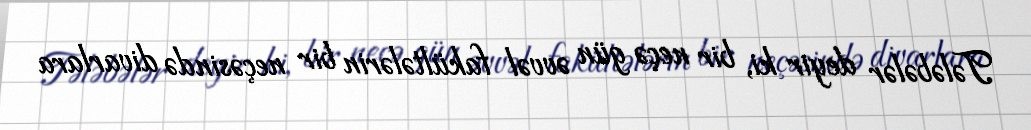
Tələbələr deyir ki, bir neçə gün əvvəl fakültələrin bir neçəsində divarlara